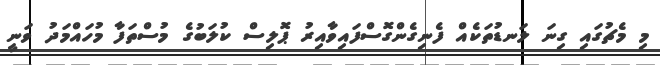
މި މެޗުގައި ގިނަ ލަނޑުތަކެއް ފެނިގެންގޮސްފައިވާއިރު ޕޮލިސް ކުލަބުގެ މުސްތަފާ މުހައްމަދު ވަނީ